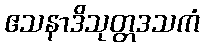
ဧသနာဒိသုတ္တဒသကံ